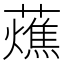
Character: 𧂒